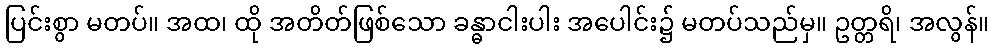
ပြင်းစွာ မတပ်။ အထ၊ ထို အတိတ်ဖြစ်သော ခန္ဓာငါးပါး အပေါင်း၌ မတပ်သည်မှ။ ဥတ္တရိ၊ အလွန်။